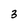
Character: 3